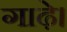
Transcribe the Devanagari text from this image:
गाढ़े।